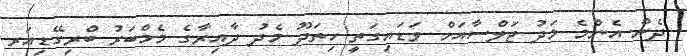
ދެން އެންމެ މަދު ޖަލްސާއަށް ވަޑައިގަތީ ހިތަދޫ މެދު ދާއިރާގެ މެމްބަރު ބްރިގޭޑިއަރ